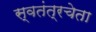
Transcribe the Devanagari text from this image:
स्वतंत्रचेता